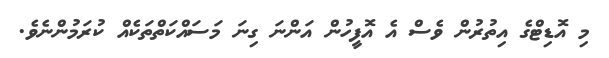
މި އޮޑިޓްގެ އިތުރުން ވެސް އެ އޮފީހުން އަންނަ ގިނަ މަސައްކަތްތަކެއް ކުރަމުންނެވެ.